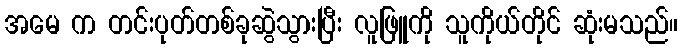
အမေ က တင်းပုတ်တစ်ခုဆွဲသွားပြီး လူဖြူကို သူကိုယ်တိုင် ဆုံးမသည်။